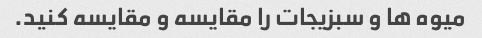
میوه ها و سبزیجات را مقایسه و مقایسه کنید.